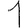
Digit: 1